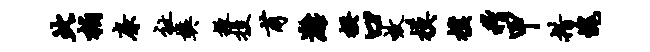
此柏廉祉樊掖投甫漓揆口效模朴稽甲措愧